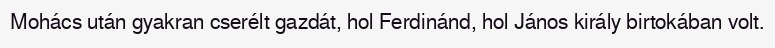
Mohács után gyakran cserélt gazdát, hol Ferdinánd, hol János király birtokában volt.